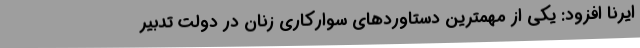
ایرنا افزود: یکی از مهمترین دستاوردهای سوارکاری زنان در دولت تدبیر